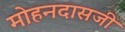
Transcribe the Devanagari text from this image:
मोहनदासजी